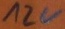
Text: 12V